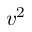
v ^ { 2 }